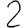
Digit: 2